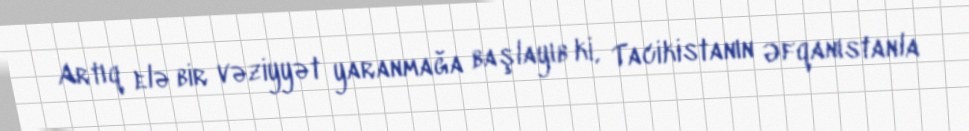
Artıq elə bir vəziyyət yaranmağa başlayıb ki, Tacikistanın Əfqanıstanla